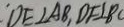
: D E \bot A B , D F \bot B C